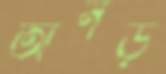
অনড়